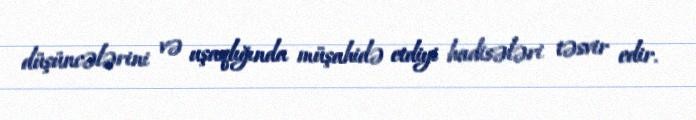
düşüncələrini və uşaqlığında müşahidə etdiyi hadisələri təsvir edir.